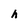
Character: h